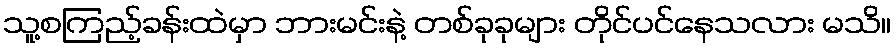
သူ့စကြည့်ခန်းထဲမှာ ဘားမင်းနဲ့ တစ်ခုခုများ တိုင်ပင်နေသလား မသိ။